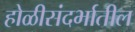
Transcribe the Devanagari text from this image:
होळीसंदर्भातील